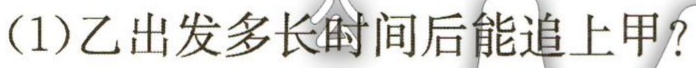
(1)乙出发多长时间后能追上甲？